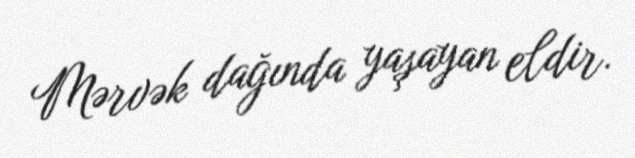
Mərvək dağında yaşayan eldir.